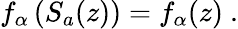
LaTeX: f_{\alpha}\left(S_{a}(z)\right)=f_{\alpha}(z)\ .